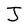
Character: J